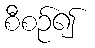
စီစဉ်၍